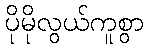
ပိုမိုလွယ်ကူစွာ